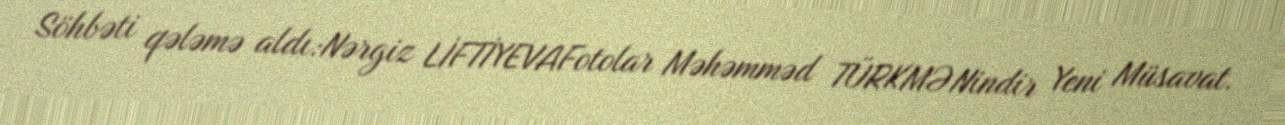
Söhbəti qələmə aldı:Nərgiz LİFTİYEVAFotolar Məhəmməd TÜRKMƏNindir Yeni Müsavat.